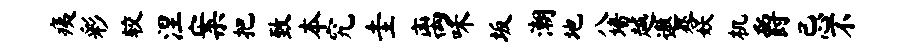
痍彩较涅案把致本究圭离味坂潮地八墙越遨晷妖机爵忌不